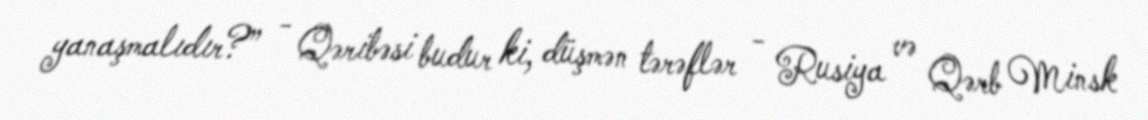
yanaşmalıdır?” - Qəribəsi budur ki, düşmən tərəflər - Rusiya və Qərb Minsk